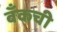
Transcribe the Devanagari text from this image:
बँकची